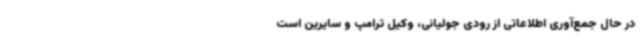
در حال جمع‌آوری اطلاعاتی از رودی جولیانی، وکیل ترامپ و سایرین است